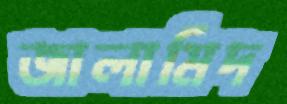
জালামিদ